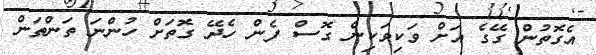
އެގޮތުން ގޭގެ އަށް ވަކިވަކިން ގޮސް ފެން ހެދޭ ގޮތަށް ހުންނަ ތަންތަން